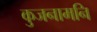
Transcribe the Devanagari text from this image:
कुजनामनि